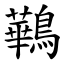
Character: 鷨